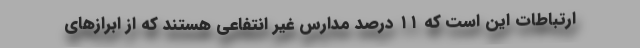
ارتباطات این است که ۱۱ درصد مدارس غیر انتفاعی هستند که از ابرازهای